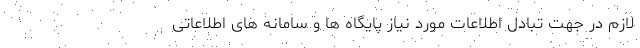
لازم در جهت تبادل اطلاعات مورد نیاز پایگاه ها و سامانه های اطلاعاتی